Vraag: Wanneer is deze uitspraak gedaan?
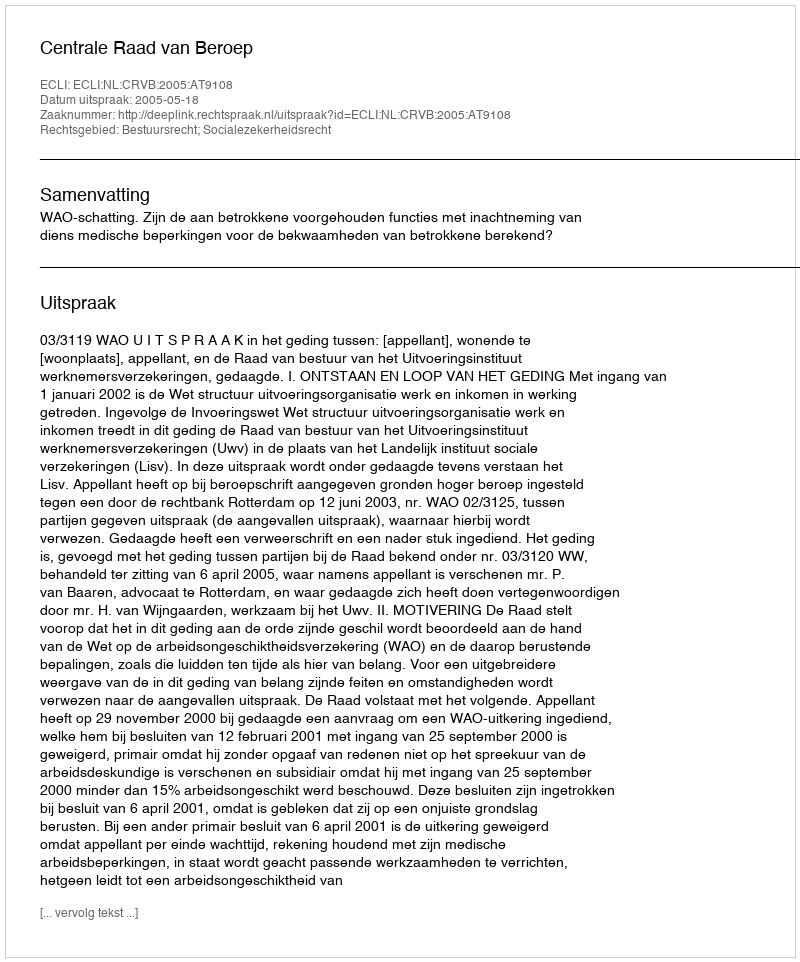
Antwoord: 2005-05-18